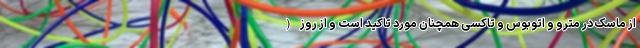
از ماسک در مترو و اتوبوس و تاکسی همچنان مورد تاکید است و از روز (